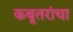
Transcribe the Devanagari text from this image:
कबूतरांचा